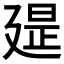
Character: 𢌪